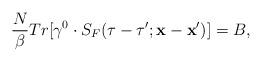
LaTeX: \begin{align*}\frac{N}{\beta}Tr[\gamma^{0}\cdot S_{F}(\tau-\tau';{\bf x}-{\bf x}')]=B,\end{align*}